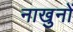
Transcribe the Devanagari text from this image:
नाखुनों